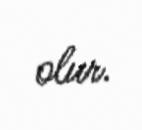
olur.